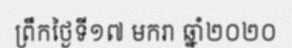
ព្រឹកថ្ងៃទី១៧ មករា ឆ្នាំ២០២០